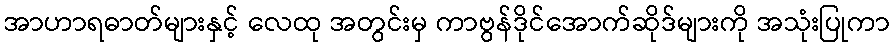
အာဟာရဓာတ်များနှင့် လေထု အတွင်းမှ ကာဗွန်ဒိုင်အောက်ဆိုဒ်များကို အသုံးပြုကာ